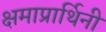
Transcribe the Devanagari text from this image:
क्षमाप्रार्थिनी